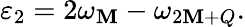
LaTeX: \varepsilon_{2}=2\omega_{\mathbf{M}}-\omega_{2\mathbf{M}+Q}.